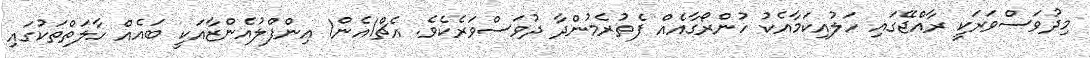
މިދުވަސްވަރަކީ ރާއްޖޭގައި ހަލުއިކަމާއެކު ހުންރޯގާއެއް ފެތުރެމުންދާ ދުވަސްވަރެކެވެ. އެޗް1އެން1 އިންފްލުއެންޒާއަކީ ބައެއް ހާލަތްތަކުގައި